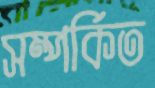
সম্পর্কিত